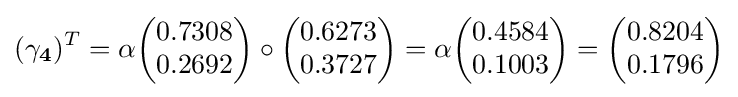
(\mathbf {\gamma _{4}} )^{T}=\alpha {\begin{pmatrix}0.7308\\0.2692\end{pmatrix}}\circ {\begin{pmatrix}0.6273\\0.3727\end{pmatrix}}=\alpha {\begin{pmatrix}0.4584\\0.1003\end{pmatrix}}={\begin{pmatrix}0.8204\\0.1796\end{pmatrix}}